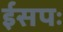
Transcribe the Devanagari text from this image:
ईसपः